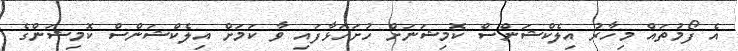
އެ ފޯމުތައް މިހާރު އިލެކްޝަންސް ކޮމިޝަނަށް ހުށަހަޅާފައި ވާ ކަމަށް އިލެކްޝަންސް ކޮމިޝަންގެ